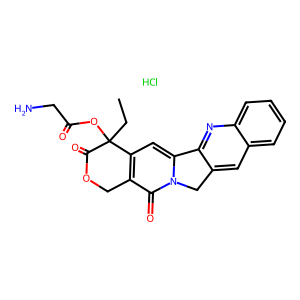
SMILES: CCC1(OC(=O)CN)C(=O)OCc2c1cc1n(c2=O)Cc2cc3ccccc3nc2-1.Cl
Inhibits HIV replication: No